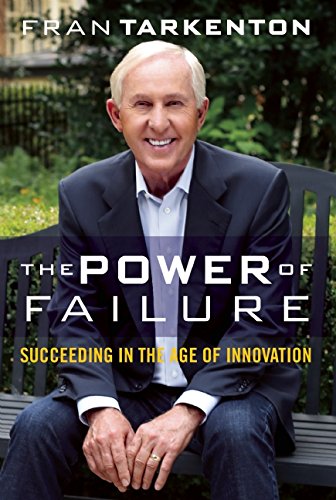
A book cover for The Power of Failure: Succeeding in the Age of Innovation; Fran Tarkenton; Self-Help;